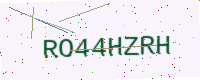
Text: RO44HZRH